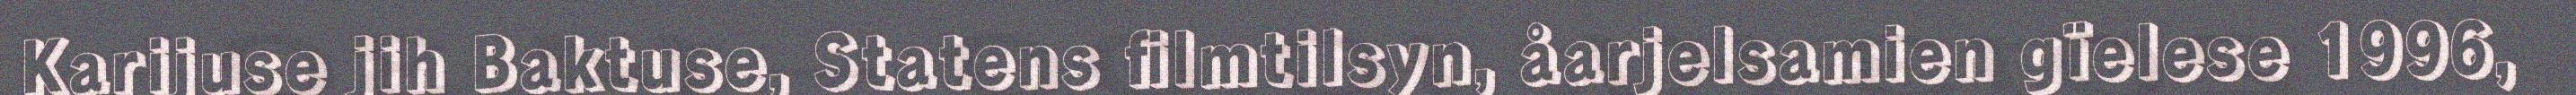
Karijuse jih Baktuse, Statens filmtilsyn, åarjelsamien gïelese 1996,